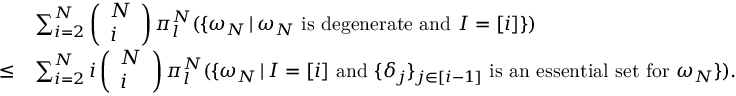
\begin{array} { r l } & { \sum _ { i = 2 } ^ { N } \left( \begin{array} { l } { N } \\ { i } \end{array} \right) \pi _ { l } ^ { N } ( \{ \omega _ { N } \, | \, \omega _ { N } \mathrm { ~ i s ~ d e g e n e r a t e ~ a n d ~ } I = [ i ] \} ) } \\ { \leq } & { \sum _ { i = 2 } ^ { N } i \left( \begin{array} { l } { N } \\ { i } \end{array} \right) \pi _ { l } ^ { N } ( \{ \omega _ { N } \, | \, I = [ i ] \mathrm { ~ a n d ~ } \{ \delta _ { j } \} _ { j \in [ i - 1 ] } \mathrm { ~ i s ~ a n ~ e s s e n t i a l ~ s e t ~ f o r ~ } \omega _ { N } \} ) . } \end{array}